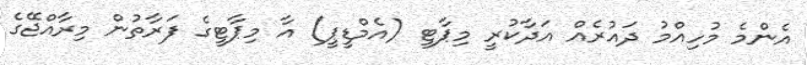
އެންމެ މުހިއްމު ދައުރެއް އަދާކުރީ މިޕާޓީ (އެމްޑީޕީ) އާ މިޕާޓީގެ ފަރާތުން މިރާއްޖޭގެ